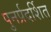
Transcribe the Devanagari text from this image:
पुनर्प्रदर्शित